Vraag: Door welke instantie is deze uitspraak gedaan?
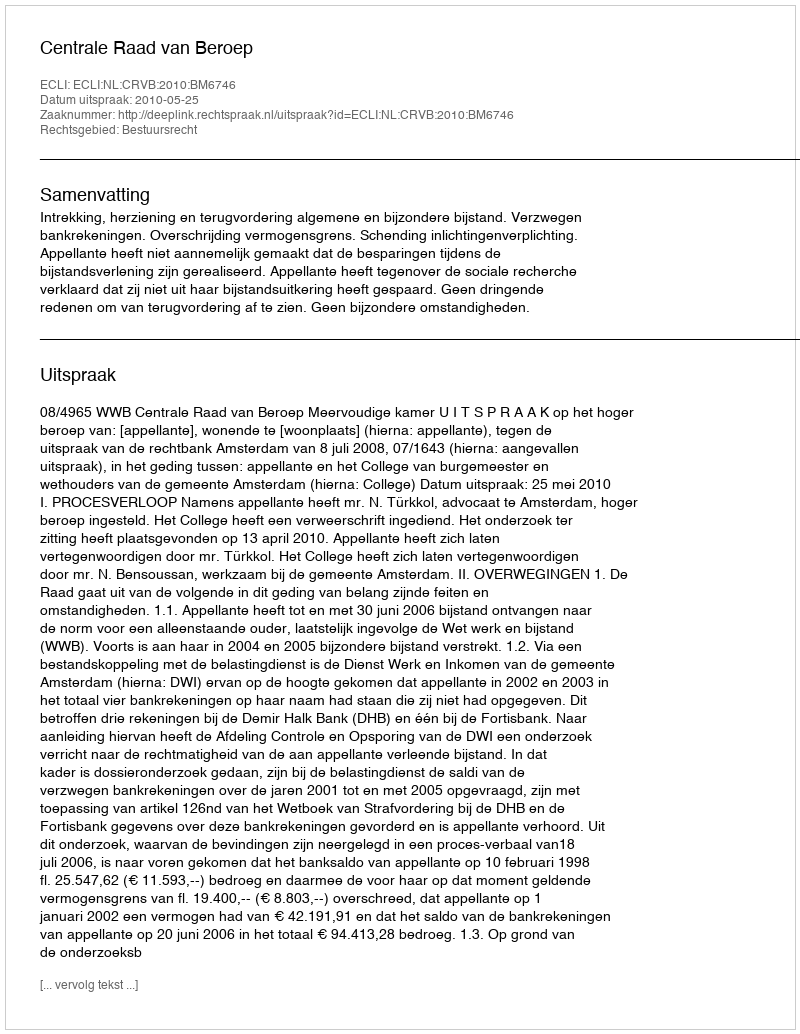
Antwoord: Centrale Raad van Beroep